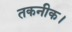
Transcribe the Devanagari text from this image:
तकनीक।